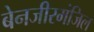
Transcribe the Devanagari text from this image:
बेनजीरमंजिल